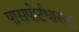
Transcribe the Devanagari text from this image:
पासपोर्टधारक